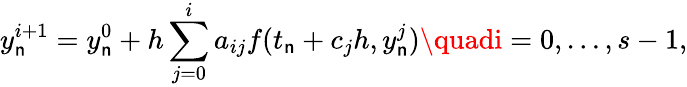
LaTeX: y_{\mathsf{n}}^{i+1}=y_{\mathsf{n}}^{0}+h\sum_{j=0}^{i}a_{ij}f(t_{\mathsf{n}}+c_{j}h,y_{\mathsf{n}}^{j})\quadi=0,\dots,s-1,